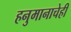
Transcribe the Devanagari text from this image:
हनुमानाचेही